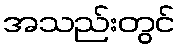
အသည်းတွင်